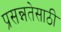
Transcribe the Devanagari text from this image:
प्रसन्नतेसाठी